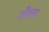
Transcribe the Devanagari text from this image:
तीरत्त